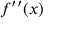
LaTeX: f ^ { \prime \prime } ( x )